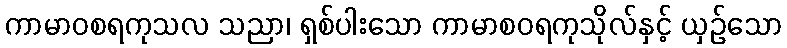
ကာမာဝစရကုသလ သညာ၊ ရှစ်ပါးသော ကာမာစဝရကုသိုလ်နှင့် ယှဉ်သော